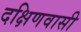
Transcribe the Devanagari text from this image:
दक्षिणवासी